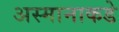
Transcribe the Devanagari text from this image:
अस्मानाकडे